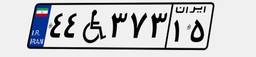
۴۴W۳۷۳۱۵